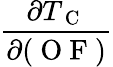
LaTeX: \frac{\partial T_{\mathrm{~C~}}}{\partial(\mathrm{~O~F~})}